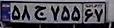
۵۸ج۷۵۵۶۷